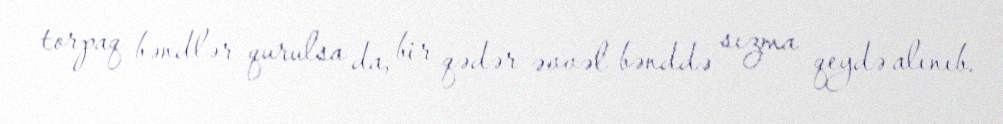
torpaq bəndlər qurulsa da, bir qədər əvvəl bənddə sızma qeydə alınıb.